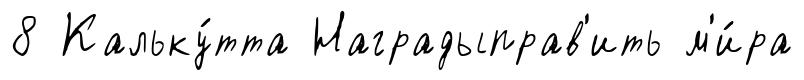
8 Кальку́тта Наградыправ'ить м'и́ра